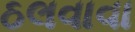
ઠલવાવા